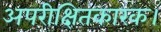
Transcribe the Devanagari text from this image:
अपरीक्षितकारक।